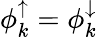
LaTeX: \phi_{k}^{\uparrow}=\phi_{k}^{\downarrow}